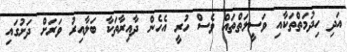
އަދި ހިދުމަތްތަކާއި ވަސީލަތްތައް ވެސް ހުރީ އެހެން ދާއިރާތަކާ ބަލާއިރު ވަރަށް ދަށުގައި